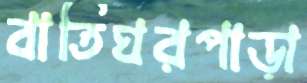
বাতিঘরপাড়া